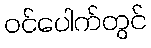
ဝင်ပေါက်တွင်